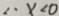
\therefore x < 0